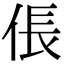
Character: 倀